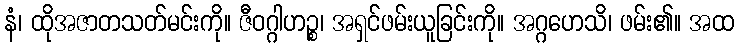
နံ၊ ထိုအဇာတသတ်မင်းကို။ ဇီဝဂ္ဂါဟဉ္စ၊ အရှင်ဖမ်းယူခြင်းကို။ အဂ္ဂဟေသိ၊ ဖမ်း၏။ အထ